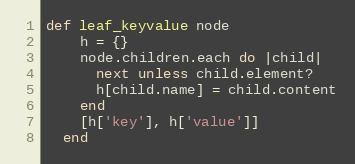
Language: Ruby
def leaf_keyvalue node
    h = {}
    node.children.each do |child|
      next unless child.element?
      h[child.name] = child.content
    end
    [h['key'], h['value']]
  end